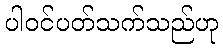
ပါဝင်ပတ်သက်သည်ဟု